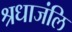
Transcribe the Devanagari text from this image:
श्रधाजंलि